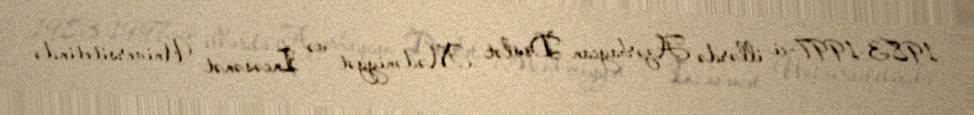
1983-1997-ci illərdə Azərbaycan Dövlət Mədəniyyət və İncəsənət Universitetində